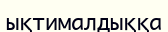
ықтималдыққа